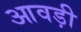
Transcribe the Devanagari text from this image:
आवड़ी